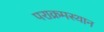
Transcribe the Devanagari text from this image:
पराक्रमस्थान